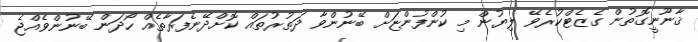
ޤާނޫނީގޮތުން ގެޒެޓްކުރެވޭ ލިޔުން މި ކުންފުންޏަށް ބޭނުންވާ ދަތުރުތައް ކޮށްދޭނެފަރާތެއް ހޯދަން ބޭނުންވެއްޖެ